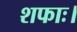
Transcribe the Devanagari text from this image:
शफाः।